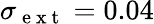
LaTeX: \sigma_{\mathrm{~e~x~t~}}=0.04